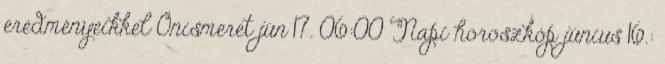
eredményeikkel Önismeret jún 17. 06:00 Napi horoszkóp június 16.: